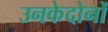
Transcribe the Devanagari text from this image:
उनकेदोनों